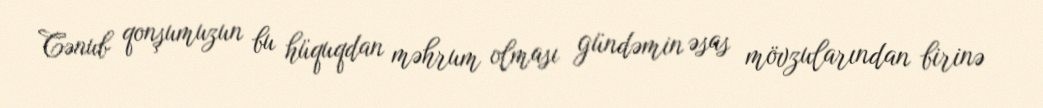
Cənub qonşumuzun bu hüquqdan məhrum olması gündəmin əsas mövzularından birinə